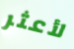
لأعثر